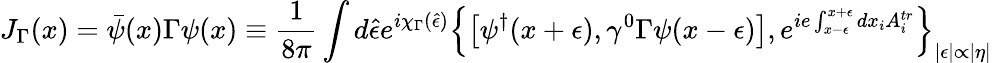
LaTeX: J_{\Gamma}(x)=\bar{\psi}(x)\Gamma\psi(x)\equiv\frac{1}{8\pi}\int d\hat{\epsilon}e^{i\chi_{\Gamma}(\hat{\epsilon})}\left\{ \left[\psi^{\dagger}(x+\epsilon),\gamma^{0}\Gamma\psi(x-\epsilon)\right],e^{ie\int_{x-\epsilon}^{x+\epsilon}dx_{i}A_{i}^{tr}}\right\} _{|\epsilon|\propto|\eta|}